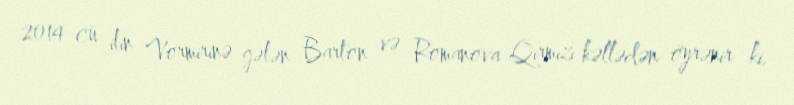
2014-cü ilin Vormirinə gələn Barton və Romanova Qırmızı kəllədən öyrənir ki,